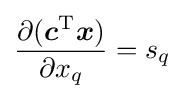
{\frac {\partial ({\boldsymbol {c}}^{\mathrm {T} }{\boldsymbol {x}})}{\partial x_{q}}}=s_{q}